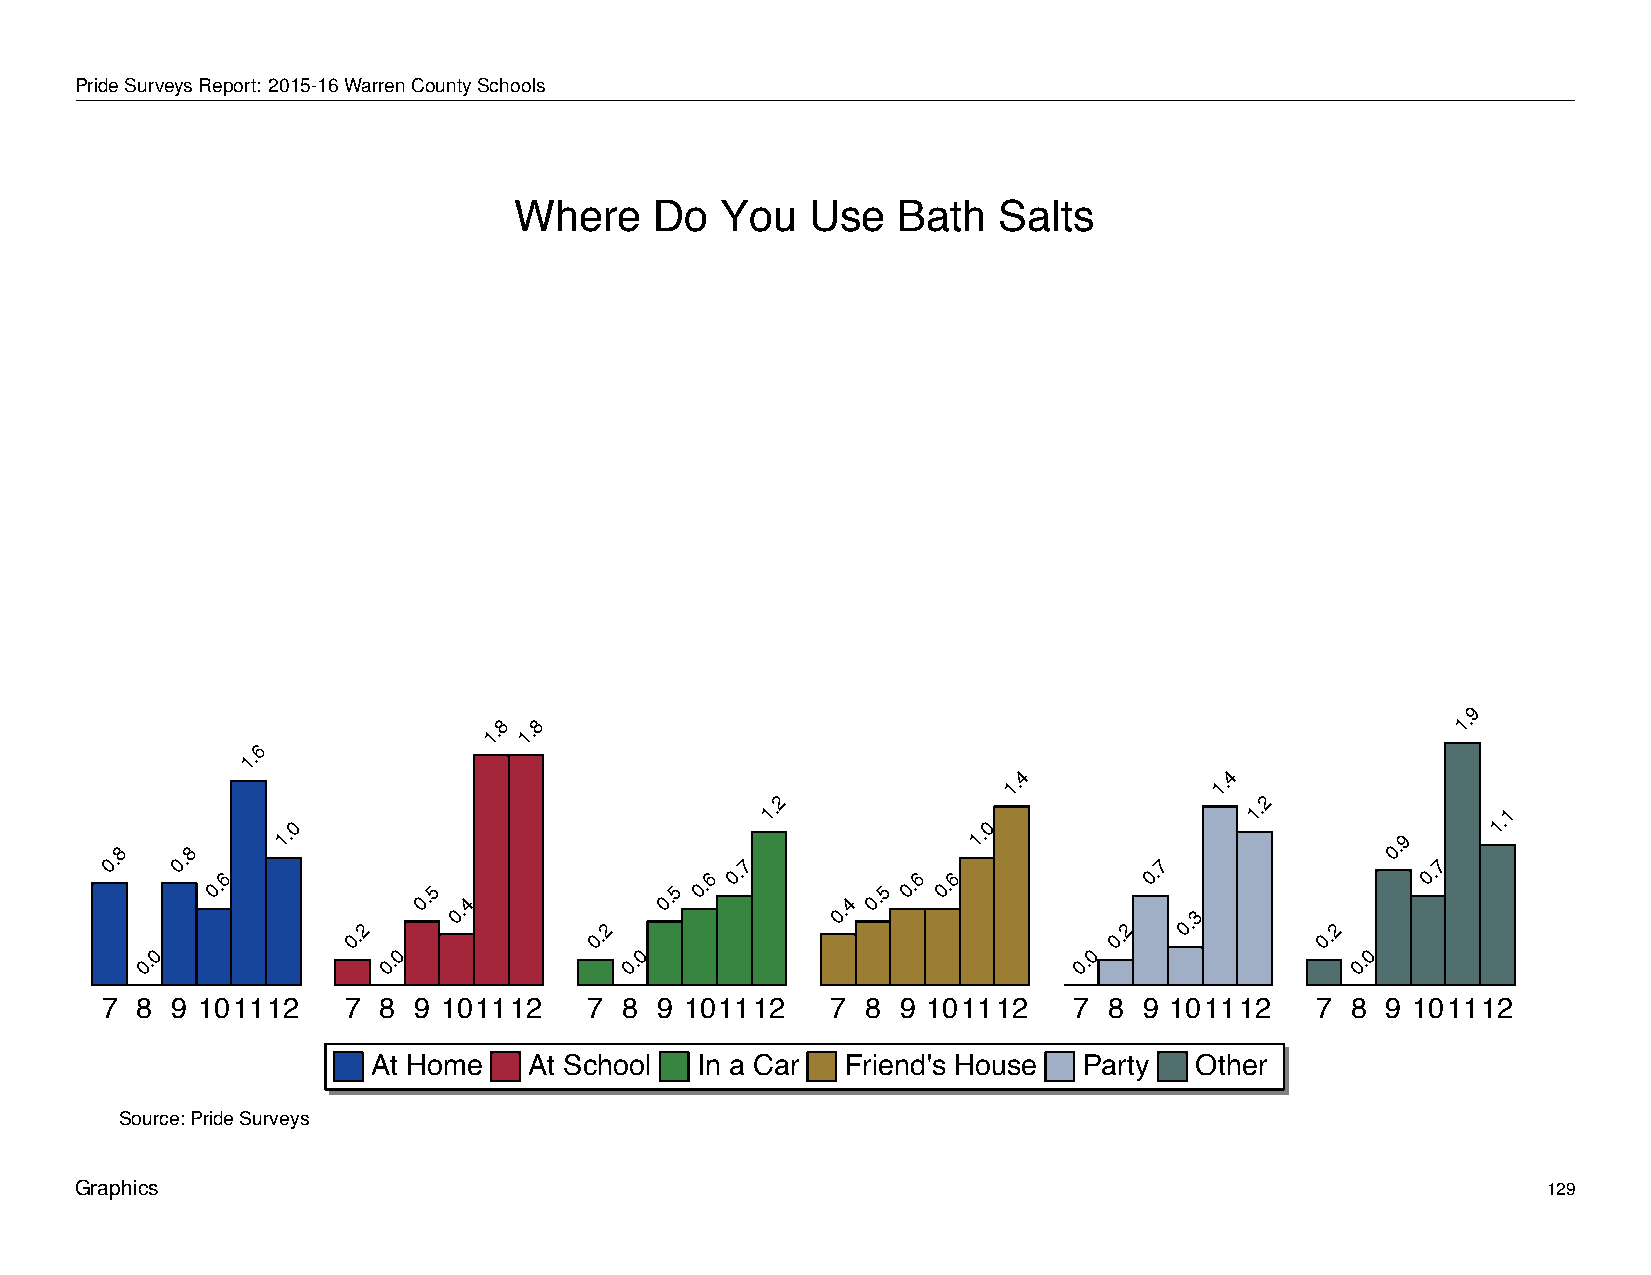
Where         Do      You       Use      Bath      Salts
 PrideSurveysReport: 2015-16WarrenCountySchools
 Where    Do   You   Use  Bath   Salts
 9
 1.8 1.8                                                          1.
 6
 1.
 4             4
 1.           1.
 2                                2
 0.8  0.8
 0.6
 1.0
 0.2
 0.5
 0.4
 0.2
 0.5
 0.6
 0.7
 1.
 0.4
 0.5
 0.6 0.6
 1.0
 0.2
 0.7
 0.3
 1.
 0.2
 0.9
 0.7
 1.1
 0               0               0                             0                 0
 0.              0.              0.                            0.                 0.
 7 8 9 101112    7 8 9 101112    7 8 9 101112    7 8  9 101112   7 8  9 101112   7 8  9 101112
 At Home   At School  In a Car  Friend's House  Party  Other
 Source: Pride Surveys
 Graphics                                                                                         129